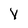
Character: V